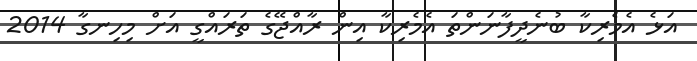
އަޅެ އެމެރިކާ ބުނެދީފާނަންތަ އެމެރިކާ އިން ރާއްޖޭގެ ތަރައްގީ އަށް މިހިނގާ 2014